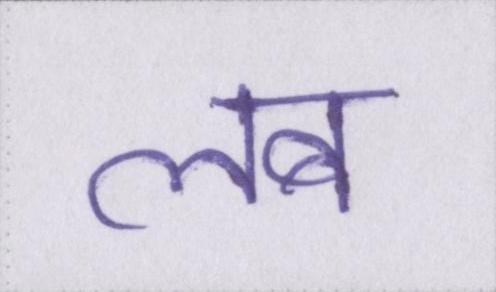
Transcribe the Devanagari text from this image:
लब